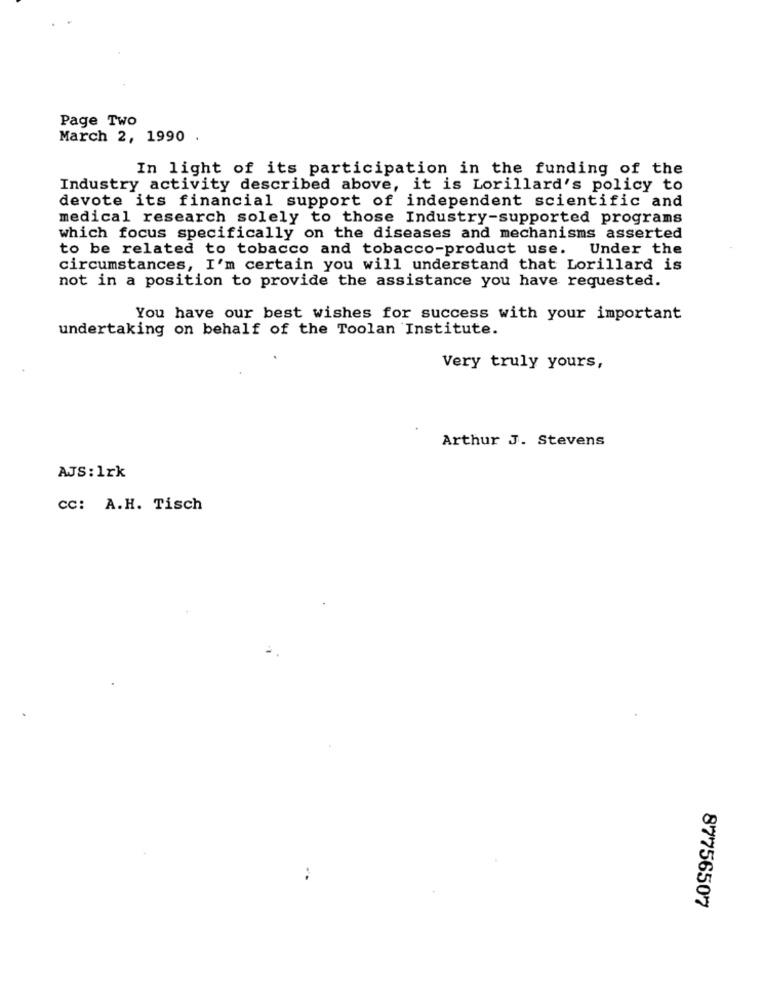
Page Two
March 2, 1990 .
In light of its participation in the funding of the
Industry activity described above, it is Lorillard's policy to
devote its financial support of independent scientific and
medical research solely to those Industry-supported programs
which focus specifically on the diseases and mechanisms asserted
to be related to tobacco and tobacco-product use. Under the
circumstances, I'm certain you will understand that Lorillard is
not in a position to provide the assistance you have requested.
You have our best wishes for success with your important
undertaking on behalf of the Toolan Institute.
Very truly yours,
Arthur J. Stevens
AJS : 1rk
cc: A.H. Tisch
87756507